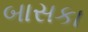
બાસકા